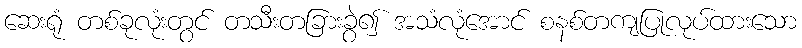
ဆေးရုံ တစ်ခုလုံးတွင် တသီးတခြားခွဲ၍ အသံလုံအောင် စနစ်တကျပြုလုပ်ထားသော